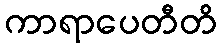
ကာရာပေတီတိ